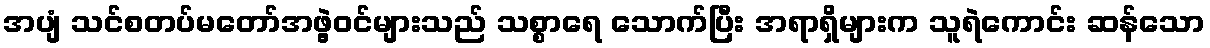
အပျံ သင်စတပ်မတော်အဖွဲ့ဝင်များသည် သစ္စာရေ သောက်ပြီး အရာရှိများက သူရဲကောင်း ဆန်သော